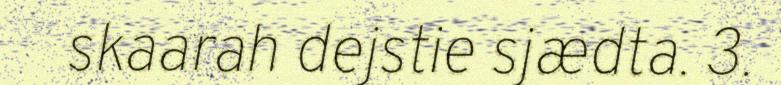
skaarah dejstie sjædta. 3.